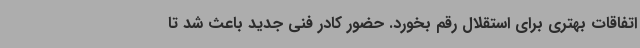
اتفاقات بهتری برای استقلال رقم بخورد. حضور کادر فنی جدید باعث شد تا